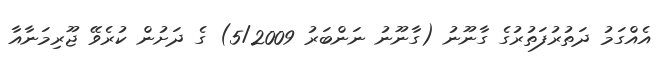
އެއްގަމު ދަތުރުފަތުރުގެ ގާނޫނު (ގާނޫނު ނަންބަރު 5/2009) ގެ ދަށުން ކުރެވޭ ޖޫރިމަނާއާ